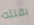
بقتله